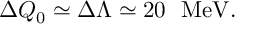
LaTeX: \Delta Q _ { 0 } \simeq \Delta \Lambda \simeq 2 0 \ \ \mathrm { M e V } .